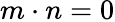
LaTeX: m\cdot n=0